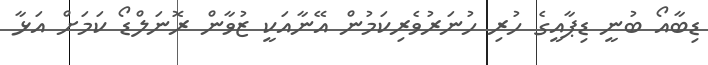
ޑިބާއޯ ބުނީ ޑިޕާއީގެ ހުރި ހުނަރުވެރިކަމުން އޭނާއަކީ ޒުވާން ރޮނަލްޑޯ ކަމަށް އަޅާ